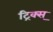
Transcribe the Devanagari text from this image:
ट्रिक्स्